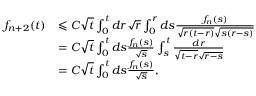
\begin{array} { r l } { f _ { n + 2 } ( t ) } & { \leqslant C \sqrt t \int _ { 0 } ^ { t } d r \sqrt { r } \int _ { 0 } ^ { r } d s \frac { f _ { n } ( s ) } { \sqrt { r ( t - r ) } \sqrt { s ( r - s ) } } } \\ & { = C \sqrt t \int _ { 0 } ^ { t } d s \frac { f _ { n } ( s ) } { \sqrt { s } } \int _ { s } ^ { t } \frac { d r } { \sqrt { t - r } \sqrt { r - s } } } \\ & { = C \sqrt { t } \int _ { 0 } ^ { t } d s \frac { f _ { n } ( s ) } { \sqrt { s } } , } \end{array}